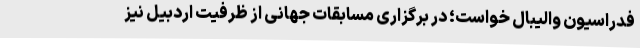
فدراسیون والیبال خواست؛ در برگزاری مسابقات جهانی از ظرفیت اردبیل نیز